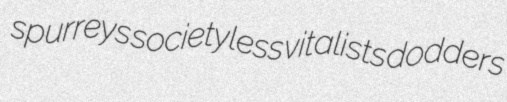
spurreys societyless vitalists dodders